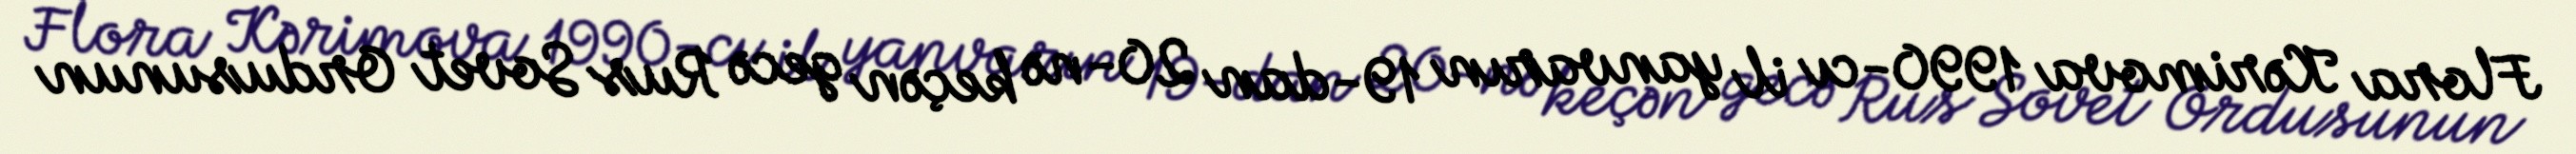
Flora Kərimova 1990-cı il yanvarın 19-dan 20-nə keçən gecə Rus Sovet Ordusunun